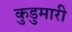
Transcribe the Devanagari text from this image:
कुडुमारी